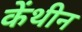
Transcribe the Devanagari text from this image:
केंथीन